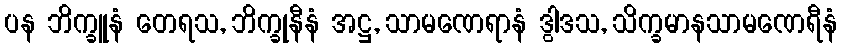
ပန ဘိက္ခူနံ တေရသ, ဘိက္ခုနီနံ အဋ္ဌ, သာမဏေရာနံ ဒွါဒသ, သိက္ခမာနသာမဏေရီနံ